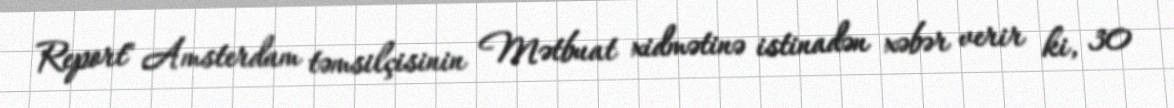
Report" Amsterdam təmsilçisinin Mətbuat xidmətinə istinadən xəbər verir ki, 30